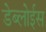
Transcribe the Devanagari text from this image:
डेब्लोईस